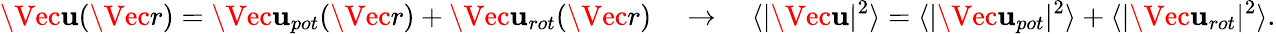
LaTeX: \Vec{\mathbf{u}}(\Vec{r})=\Vec{\mathbf{u}}_{pot}(\Vec{r})+\Vec{\mathbf{u}}_{rot}(\Vec{r})\quad\rightarrow{}\quad\langle|\Vec{\mathbf{u}}|^{2}\rangle=\langle|\Vec{\mathbf{u}}_{pot}|^{2}\rangle+\langle|\Vec{\mathbf{u}}_{rot}|^{2}\rangle.